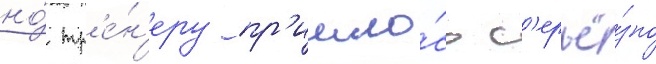
но́ тр'е́н'еру пр'ишло́сь с'ерьё́зно